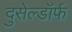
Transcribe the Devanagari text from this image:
दुसेल्डॉर्फ